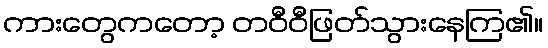
ကားတွေကတော့ တဝီဝီဖြတ်သွားနေကြ၏။